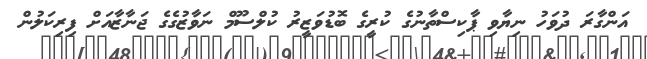
އަންގާރަ ދުވަހު ނިޔާވި ޕާކިސްތާނުގެ ކުރީގެ ބޮޑުވަޒީރު ކުލްސޫމް ނަވާޒުގެގެ ޖަނާޒާއަށް ފިރިކަލުން